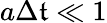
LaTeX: a\Delta\mathfrak{t}\ll1